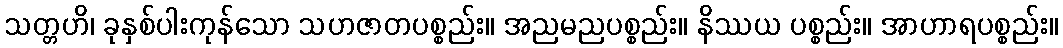
သတ္တဟိ၊ ခုနှစ်ပါးကုန်သော သဟဇာတပစ္စည်း။ အညမညပစ္စည်း။ နိဿယ ပစ္စည်း။ အာဟာရပစ္စည်း။